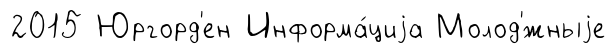
2015 Юргорд'ен Информа́циjа Молод'́жныjе